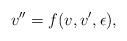
LaTeX: \begin{align*} v''=f(v,v',\epsilon), \end{align*}